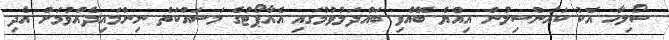
ސޯލިހާ އެކު ކައުންސިލުން އިއްޔެ ބޭއްވި ބައްދަލުވުމުގައި އެއާޕޯޓުގެ މަސައްކަތް ނިންމައިދެއްވުމަށް އެދި